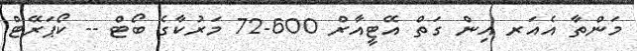
މަންތާ އެއަރ އިން ގަތް އޭޓީއާރް 600-72 މަރުކާގެ ބޯޓް -- ކޯޕަރޭޓް